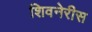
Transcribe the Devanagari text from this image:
शिवनेरीस